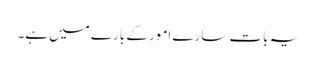
یہ بات سارے امور کے بارے میں ہے۔